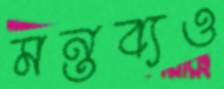
মন্তব্যও